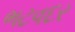
ભટવદર